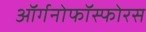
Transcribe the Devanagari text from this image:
ऑर्गनोफॉस्फोरस